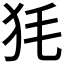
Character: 𤝄